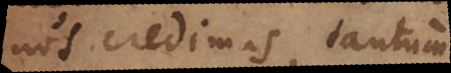
nos credimus, tantum